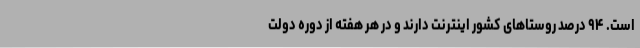
است. ۹۴ درصد روستاهای کشور اینترنت دارند و در هر هفته از دوره دولت